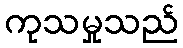
ကုသမှုသည်